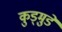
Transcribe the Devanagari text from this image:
कुड्मुडें